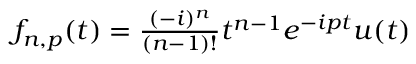
\begin{array} { r } { f _ { n , p } ( t ) = \frac { ( - i ) ^ { n } } { ( n - 1 ) ! } t ^ { n - 1 } e ^ { - i p t } u ( t ) } \end{array}